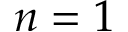
n = 1